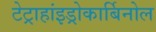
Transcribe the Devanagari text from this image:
टेट्राहांइड्रोकार्बिनोल